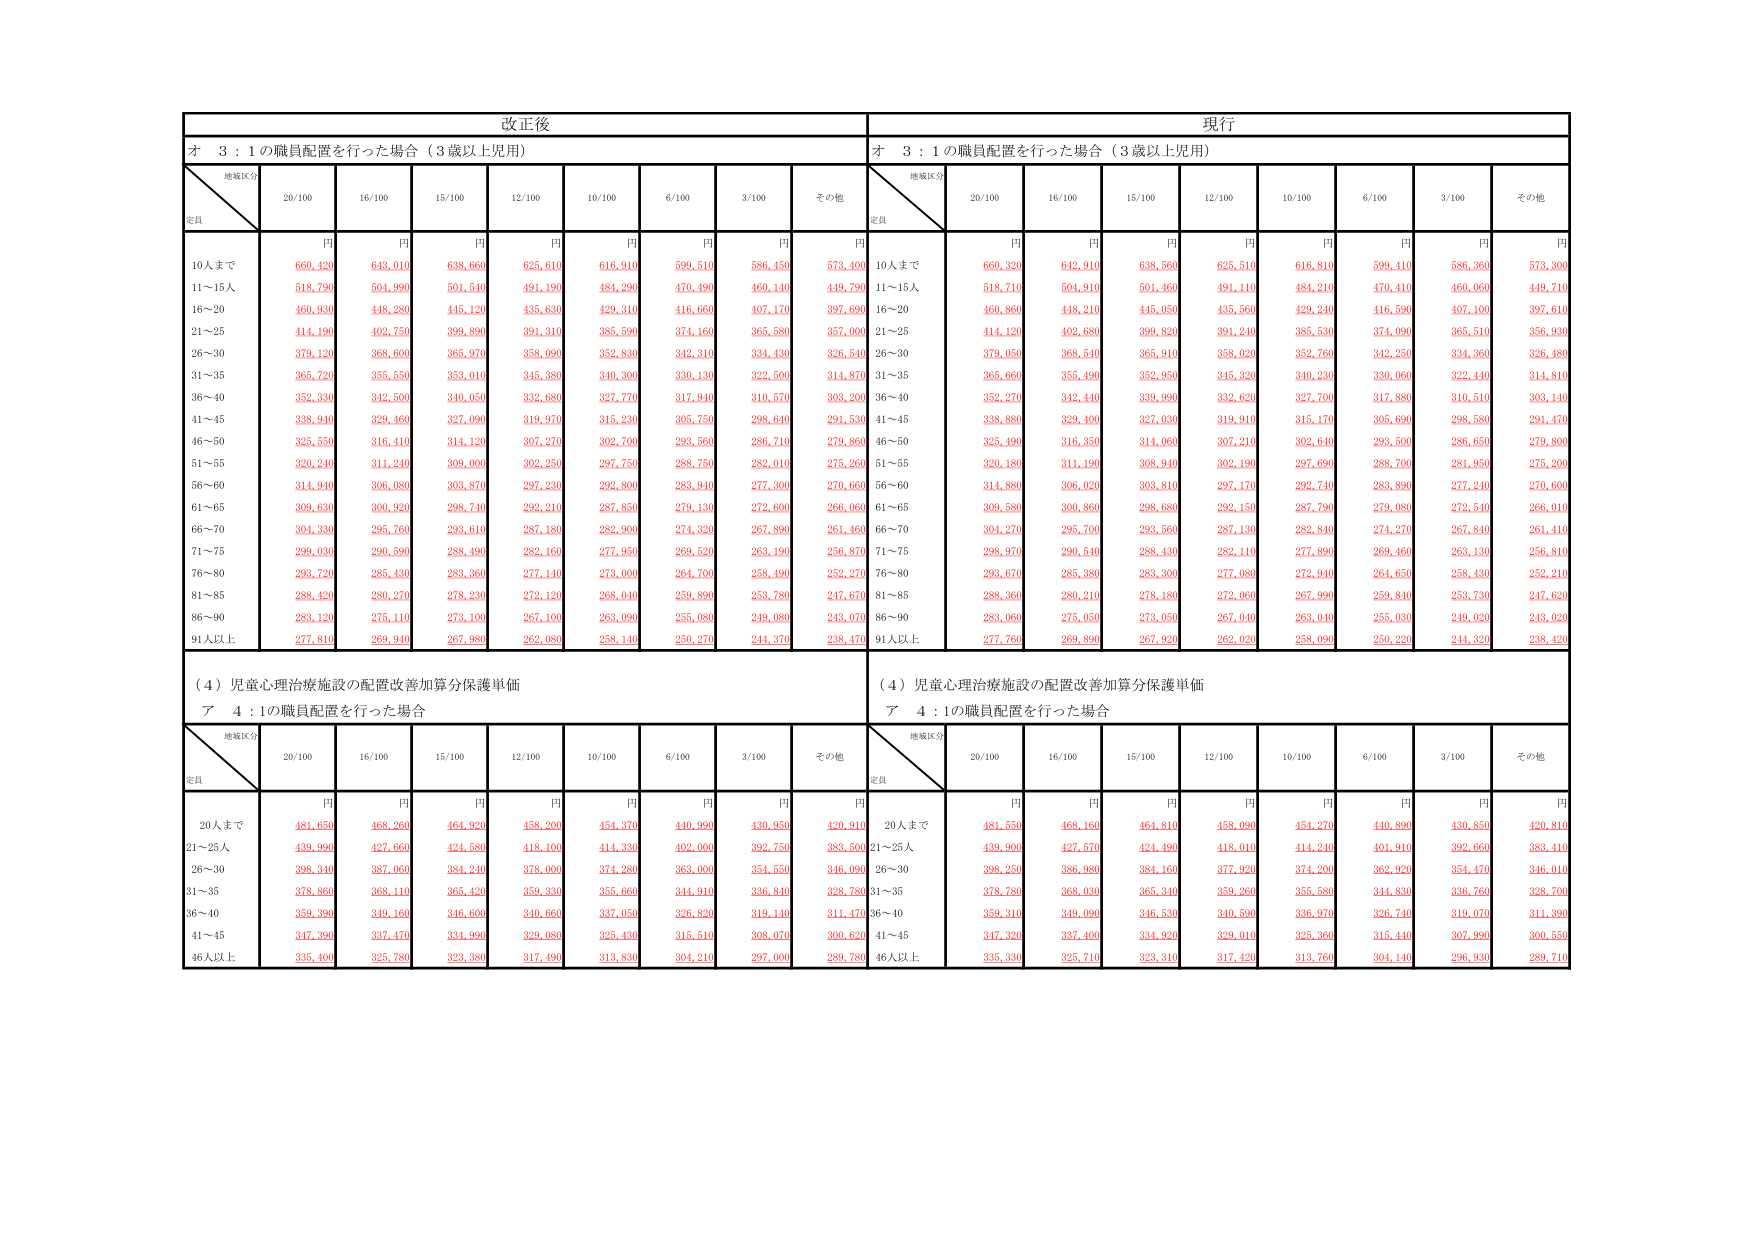
改正後
現行
オ 3：1の職員配置を行った場合（3歳以上児用）
オ 3：1の職員配置を行った場合（3歳以上児用）
地域区分
定員
20/100
16/100
15/100
12/100
10/100
6/100
3/100
その他
地域区分
定員
20/100
16/100
15/100
12/100
10/100
6/100
3/100
その他
円
円
円
円
円
円
円
円
円
円
円
円
円
円
円
円
円
円
10人まで
660,420
643,010
638,660
625,610
616,910
599,510
586,450
573,400
10人まで
660,320
642,910
638,560
625,510
616,810
599,410
586,360
573,300
11～15人
518,790
504,990
501,540
491,190
484,290
470,490
460,140
449,790
11～15人
518,710
504,910
501,460
491,110
484,210
470,410
460,060
449,710
16～20
460,930
448,280
445,120
435,630
429,310
416,660
407,170
397,690
16～20
460,860
448,210
445,050
435,560
429,240
416,590
407,100
397,610
21～25
414,190
402,750
399,890
391,310
385,590
374,160
365,580
357,000
21～25
414,120
402,680
399,820
391,240
385,530
374,090
365,510
356,930
26～30
379,120
368,600
365,970
358,090
352,830
342,310
334,430
326,540
26～30
379,050
368,540
365,910
358,020
352,760
342,250
334,360
326,480
31～35
365,720
355,550
353,010
345,380
340,300
330,130
322,500
314,870
31～35
365,660
355,490
352,950
345,320
340,230
330,060
322,440
314,810
36～40
352,330
342,500
340,050
332,680
327,770
317,940
310,570
303,200
36～40
352,270
342,440
339,990
332,620
327,700
317,880
310,510
303,140
41～45
338,940
329,460
327,090
319,970
315,230
305,750
298,640
291,530
41～45
338,880
329,400
327,030
319,910
315,170
305,690
298,580
291,470
46～50
325,550
316,410
314,120
307,270
302,700
293,560
286,710
279,860
46～50
325,490
316,350
314,060
307,210
302,640
293,500
286,650
279,800
51～55
320,240
311,240
309,000
302,250
297,750
288,750
282,010
275,260
51～55
320,180
311,190
308,940
302,190
297,690
288,700
281,950
275,200
56～60
314,940
306,080
303,870
297,230
292,800
283,940
277,300
270,660
56～60
314,880
306,020
303,810
297,170
292,740
283,890
277,240
270,600
61～65
309,630
300,920
298,740
292,210
287,850
279,130
272,600
266,060
61～65
309,580
300,860
298,680
292,150
287,790
279,080
272,540
266,010
66～70
304,330
295,760
293,610
287,180
282,900
274,320
267,890
261,460
66～70
304,270
295,700
293,560
287,130
282,840
274,270
267,840
261,410
71～75
299,030
290,590
288,490
282,160
277,950
269,520
263,190
256,870
71～75
298,970
290,540
288,430
282,110
277,890
269,460
263,130
256,810
76～80
293,720
285,430
283,360
277,140
273,000
264,700
258,490
252,270
76～80
293,670
285,380
283,300
277,080
272,940
264,650
258,430
252,210
81～85
288,420
280,270
278,230
272,120
268,040
259,890
253,780
247,670
81～85
288,360
280,210
278,180
272,060
267,990
259,840
253,730
247,620
86～90
283,120
275,110
273,100
267,100
263,090
255,080
249,080
243,070
86～90
283,060
275,050
273,050
267,040
263,040
255,030
249,020
243,020
91人以上
277,810
269,940
267,980
262,080
258,140
250,270
244,370
238,470
91人以上
277,760
269,890
267,920
262,020
258,090
250,220
244,320
238,420
（4）児童心理治療施設の配置改善加算分保護単価
（4）児童心理治療施設の配置改善加算分保護単価
ア 4：1の職員配置を行った場合
ア 4：1の職員配置を行った場合
地域区分
定員
20/100
16/100
15/100
12/100
10/100
6/100
3/100
その他
地域区分
定員
20/100
16/100
15/100
12/100
10/100
6/100
3/100
その他
円
円
円
円
円
円
円
円
円
円
円
円
円
円
円
円
円
円
20人まで
481,650
468,260
464,920
458,200
454,370
440,990
430,950
420,910
20人まで
481,550
468,160
464,810
458,090
454,270
440,890
430,850
420,810
21～25人
439,990
427,660
424,580
418,100
414,330
402,000
392,750
383,500
21～25人
439,900
427,570
424,490
418,010
414,240
401,910
392,660
383,410
26～30
398,340
387,060
384,240
378,000
374,280
363,000
354,550
346,090
26～30
398,250
386,980
384,160
377,920
374,200
362,920
354,470
346,010
31～35
378,860
368,110
365,420
359,330
355,660
344,910
336,840
328,780
31～35
378,780
368,030
365,340
359,260
355,580
344,830
336,760
328,700
36～40
359,390
349,160
346,600
340,660
337,050
326,820
319,140
311,470
36～40
359,310
349,090
346,530
340,590
336,970
326,740
319,070
311,390
41～45
347,390
337,470
334,990
329,080
325,430
315,510
308,070
300,620
41～45
347,320
337,400
334,920
329,010
325,360
315,440
307,990
300,550
46人以上
335,400
325,780
323,380
317,490
313,830
304,210
297,000
289,780
46人以上
335,330
325,710
323,310
317,420
313,760
304,140
296,930
289,710